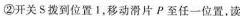
②开关S拨到位置I，移动滑片P至任一位置，读